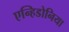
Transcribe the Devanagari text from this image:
एन्हिडोनिया